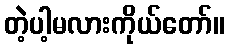
တဲ့ပါ့မလားကိုယ်တော်။